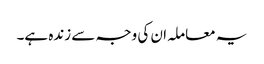
یہ معاملہ ان کی وجہ سے زندہ ہے۔